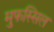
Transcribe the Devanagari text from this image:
मुफस्सिल